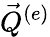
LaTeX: \vec{Q}^{(e)}